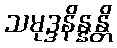
သမုဒ္ဒနိန္နန္တိ